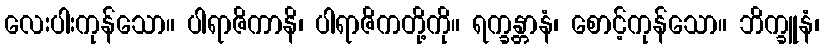
လေးပါးကုန်သော။ ပါရာဇိကာနိ၊ ပါရာဇိကတို့ကို။ ရက္ခန္တာနံ၊ စောင့်ကုန်သော။ ဘိက္ခူနံ၊